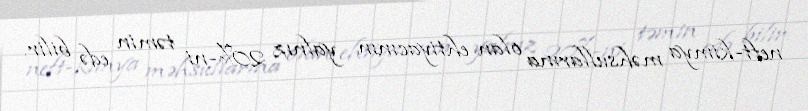
neft-kimya məhsullarına olan ehtiyacının yalnız 20%-ni təmin edə bilir.